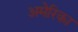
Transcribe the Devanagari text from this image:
अमेेेेरिका